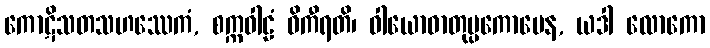
ကောဋိသတသဟဿေကံ, စက္ကဝါဠံ ဝိကီရတိ၊ ဝါယောဓာတုပ္ပကောပေန, ယဒါ လောကော